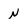
Character: N